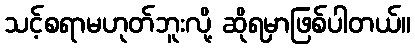
သင့်စရာမဟုတ်ဘူးလို့ ဆိုရမှာဖြစ်ပါတယ်။